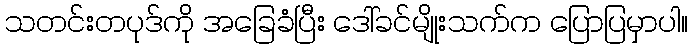
သတင်းတပုဒ်ကို အခြေခံပြီး ဒေါ်ခင်မျိုးသက်က ပြောပြမှာပါ။